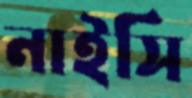
নাইসি